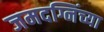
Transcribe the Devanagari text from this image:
जमदग्निंच्या